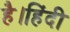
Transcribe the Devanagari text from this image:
है।हिंदी